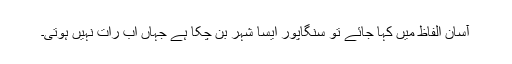
آسان الفاظ میں کہا جائے تو سنگاپور ایسا شہر بن چکا ہے جہاں اب رات نہیں ہوتی۔